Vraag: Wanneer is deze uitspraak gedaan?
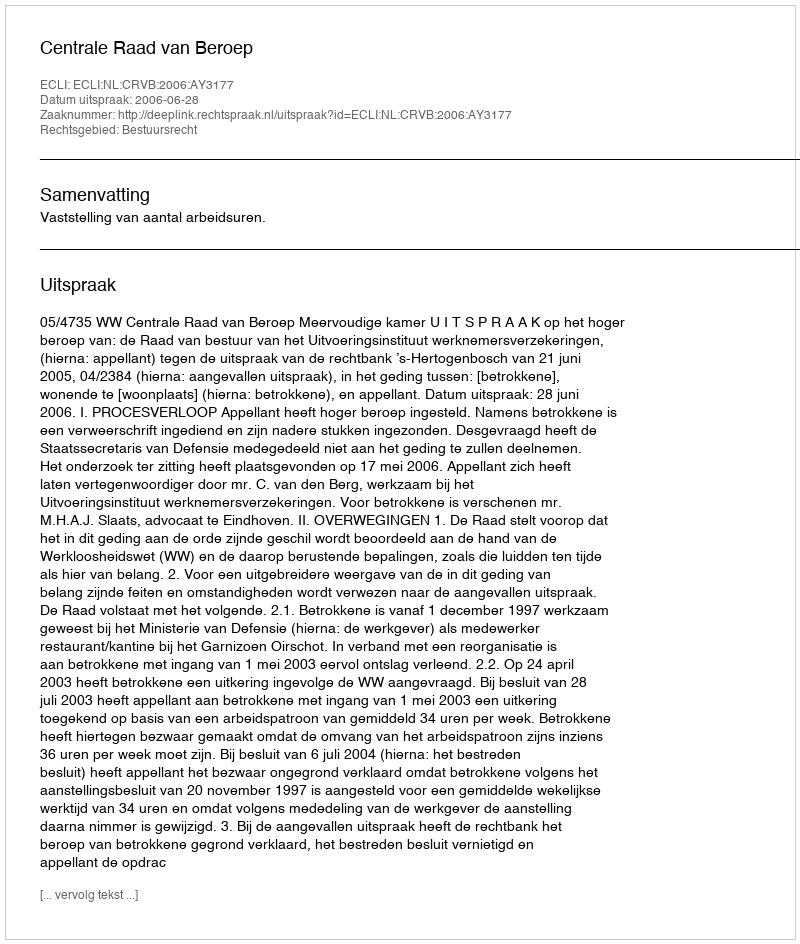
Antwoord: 2006-06-28